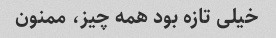
خیلی تازه بود همه چیز، ممنون